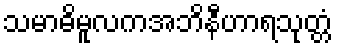
သမာဓိမူလကအဘိနီဟာရသုတ္တံ